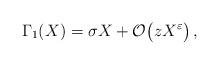
LaTeX: \begin{align*}\Gamma_1(X)=\sigma X+\mathcal{O}\big(zX^\varepsilon\big)\,,\end{align*}